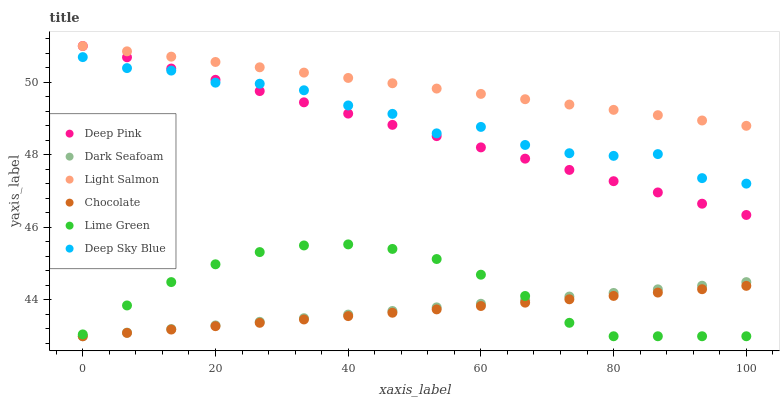
| xaxis_label | Deep Pink | Dark Seafoam | Light Salmon | Chocolate | Lime Green | Deep Sky Blue |
 | --- | --- | --- | --- | --- | --- | --- |
 | 0 | 51 | 43 | 51 | 43 | 43.1 | 50.7 |
 | 6.67 | 50.7 | 43.1 | 50.9 | 43.1 | 43.8 | 50.4 |
 | 13.3 | 50.4 | 43.2 | 50.7 | 43.2 | 44.5 | 50.3 |
 | 20 | 50.1 | 43.3 | 50.6 | 43.3 | 45 | 50 |
 | 26.7 | 49.8 | 43.4 | 50.4 | 43.4 | 45.3 | 50 |
 | 33.3 | 49.4 | 43.5 | 50.3 | 43.5 | 45.5 | 49.8 |
 | 40 | 49.1 | 43.6 | 50.1 | 43.6 | 45.5 | 49.4 |
 | 46.7 | 48.8 | 43.7 | 50 | 43.6 | 45.4 | 49.1 |
 | 53.3 | 48.5 | 43.8 | 49.8 | 43.7 | 45.1 | 48.6 |
 | 60 | 48.2 | 43.9 | 49.7 | 43.8 | 44.7 | 48.8 |
 | 66.7 | 47.9 | 44 | 49.5 | 43.9 | 44.1 | 48.3 |
 | 73.3 | 47.6 | 44.1 | 49.4 | 44 | 43.4 | 48 |
 | 80 | 47.3 | 44.2 | 49.2 | 44.1 | 43 | 48 |
 | 86.7 | 47 | 44.3 | 49.1 | 44.2 | 43 | 48 |
 | 93.3 | 46.7 | 44.4 | 48.9 | 44.3 | 43 | 47.4 |
 | 100 | 46.3 | 44.5 | 48.8 | 44.4 | 43 | 47.2 |